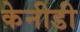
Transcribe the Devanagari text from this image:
केनीडी